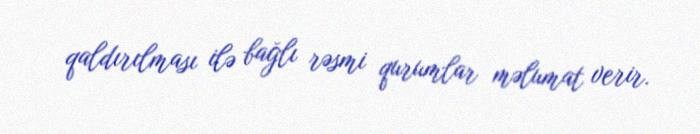
qaldırılması ilə bağlı rəsmi qurumlar məlumat verir.